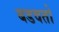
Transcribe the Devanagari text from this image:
बडवतो